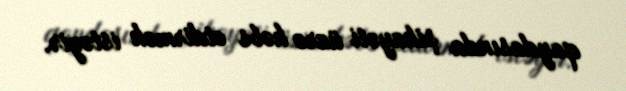
qaydasında şikayəti üzrə həbs etdirmək istəyir.